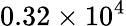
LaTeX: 0.32\times 10^{4}